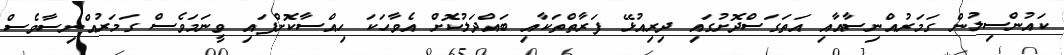
ކައުންސިލުން ގަމަރުއްނިސާއާއި އަތަގަސްދޮށުގައި ދިރިއުޅޭ ފަރާތްތަކާއި ބައްދަލުކޮށް އެވާހަކަ ހިއްސާކޮށްފައި ވީނަމަވެސް ގަމަރުއްނިސާވެސް